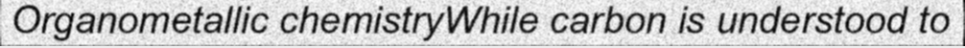
Organometallic chemistryWhile carbon is understood to